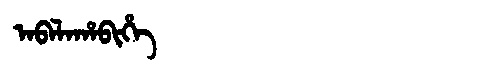
Manchu: ᠠᠪᠠᠯᠠᡥᠠᠪᡳᡥᡝ
Romanization: ABALAHABIHE